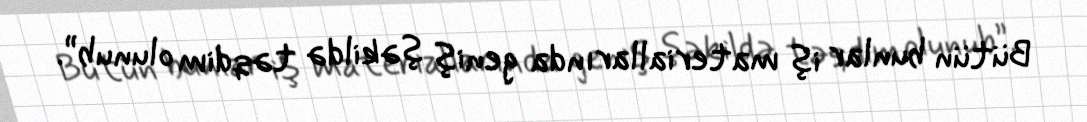
Bütün bunlar iş materiallarında geniş şəkildə təqdim olunub”.